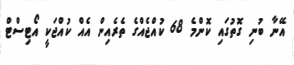
އޭނާ ބުނި ގޮތުގައި ކޮންމެ 68 ކުއްޖެއްގެ ތެރެއިން އެއް ކުއްޖަކީ އޯޓިސްޓް